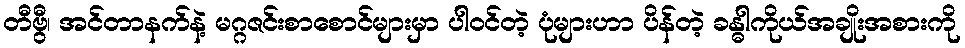
တီဗွီ၊ အင်တာနက်နဲ့ မဂ္ဂဇင်းစာစောင်များမှာ ပါဝင်တဲ့ ပုံများဟာ ပိန်တဲ့ ခန္ဓါကိုယ်အချိုးအစားကို